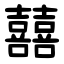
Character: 囍